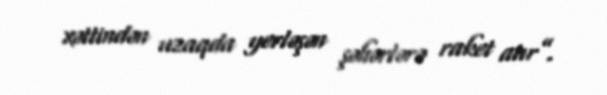
xəttindən uzaqda yerləşən şəhərlərə raket atır”.